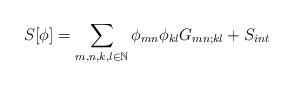
LaTeX: \begin{align*}S[\phi]=\sum_{m,n,k,l\in\mathbb{N}} \phi_{mn}\phi_{kl}G_{mn;kl}+S_{int}\end{align*}